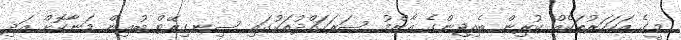
މީގެ އަހަހަރުތަކެއް ކުރިން ބެއިޖިންގެ އާންމު ސަރަހައްދުތަކުގައި ސިނގިރޭޓް ބުއިން މަނާކޮށް އަދި